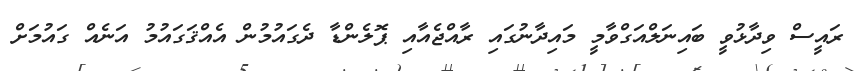
ރައީސް ވިދާޅުވީ ބައިނަލްއަގްވާމީ މައިދާނުގައި ރާއްޖެއާއި ޕޮލެންޑާ ދެގައުމުން އެއްޤަގައުމު އަނެއް ގައުމަށް